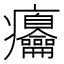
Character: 㿜